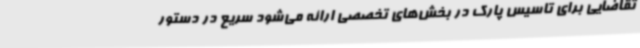
تقاضایی برای تاسیس پارک در بخش‌های تخصصی ارائه می‌شود سریع در دستور